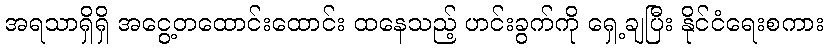
အရသာရှိရှိ အငွေ့တထောင်းထောင်း ထနေသည့် ဟင်းခွက်ကို ရှေ့ချပြီး နိုင်ငံရေးစကား